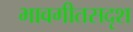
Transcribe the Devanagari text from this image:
भावगीतसदृश